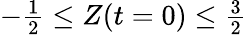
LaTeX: \begin{array}{r}{-\frac{1}{2}\le Z(t=0)\le\frac{3}{2}}\end{array}